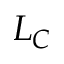
L _ { C }